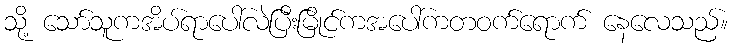
သို့ သော်သူကအိပ်ရာပေါ်လဲပြီးမြိုင်ကအပေါ်ကတဝက်ရောက် နေလေသည်။